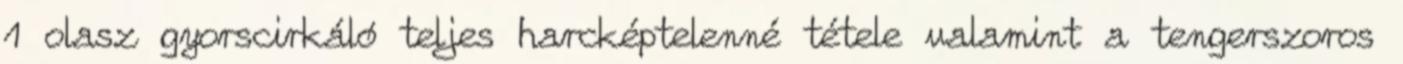
1 olasz gyorscirkáló teljes harcképtelenné tétele valamint a tengerszoros